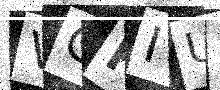
Text: VCFIU3